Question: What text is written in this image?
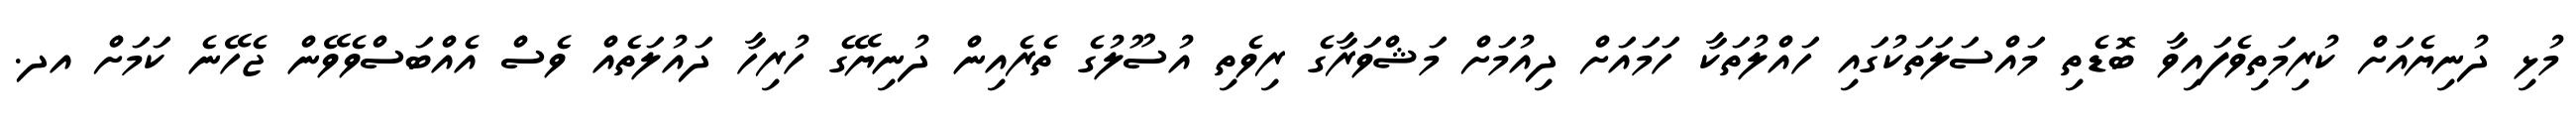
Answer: މުޅި ދުނިޔެއަށް ކުރިމަތިވެފައިވާ ބޮޑެތި މައްސަލަތަކުގައި ހައްލުތަކާ ހަމައަށް ދިއުމަށް މަޝްވަރާގެ ރިވެތި އުސޫލުގެ ތެރެއިން ދުނިޔޭގެ ހުރިހާ ދައުލަތެއް ވެސް އެއްބަސްވެވޭން ޖެހޭނެ ކަމަށް އދ.